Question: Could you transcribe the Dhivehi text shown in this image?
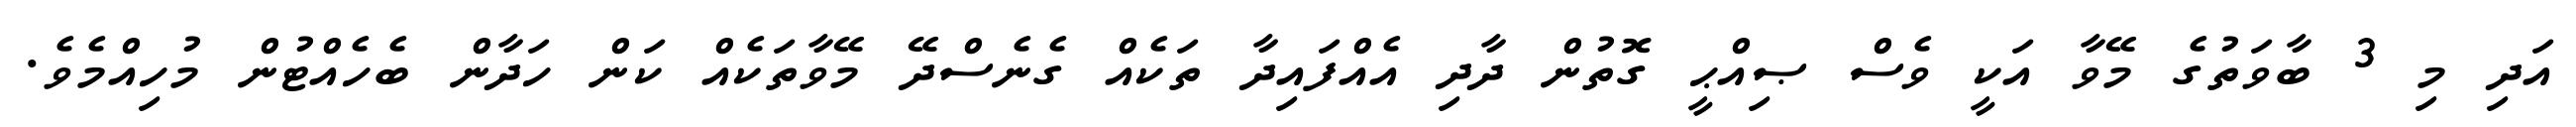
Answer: އަދި މި 3 ބާވަތުގެ މޭވާ އަކީ ވެސް ޞިއްޙީ ގޮތުން ދާދި އެއްފައިދާ ތަކެއް ގެނެސްދޭ މޭވާތަކެއް ކަން ހަދާން ބެހެއްޓުން މުހިއްމެވެ.